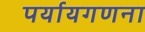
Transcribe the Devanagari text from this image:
पर्यायगणना